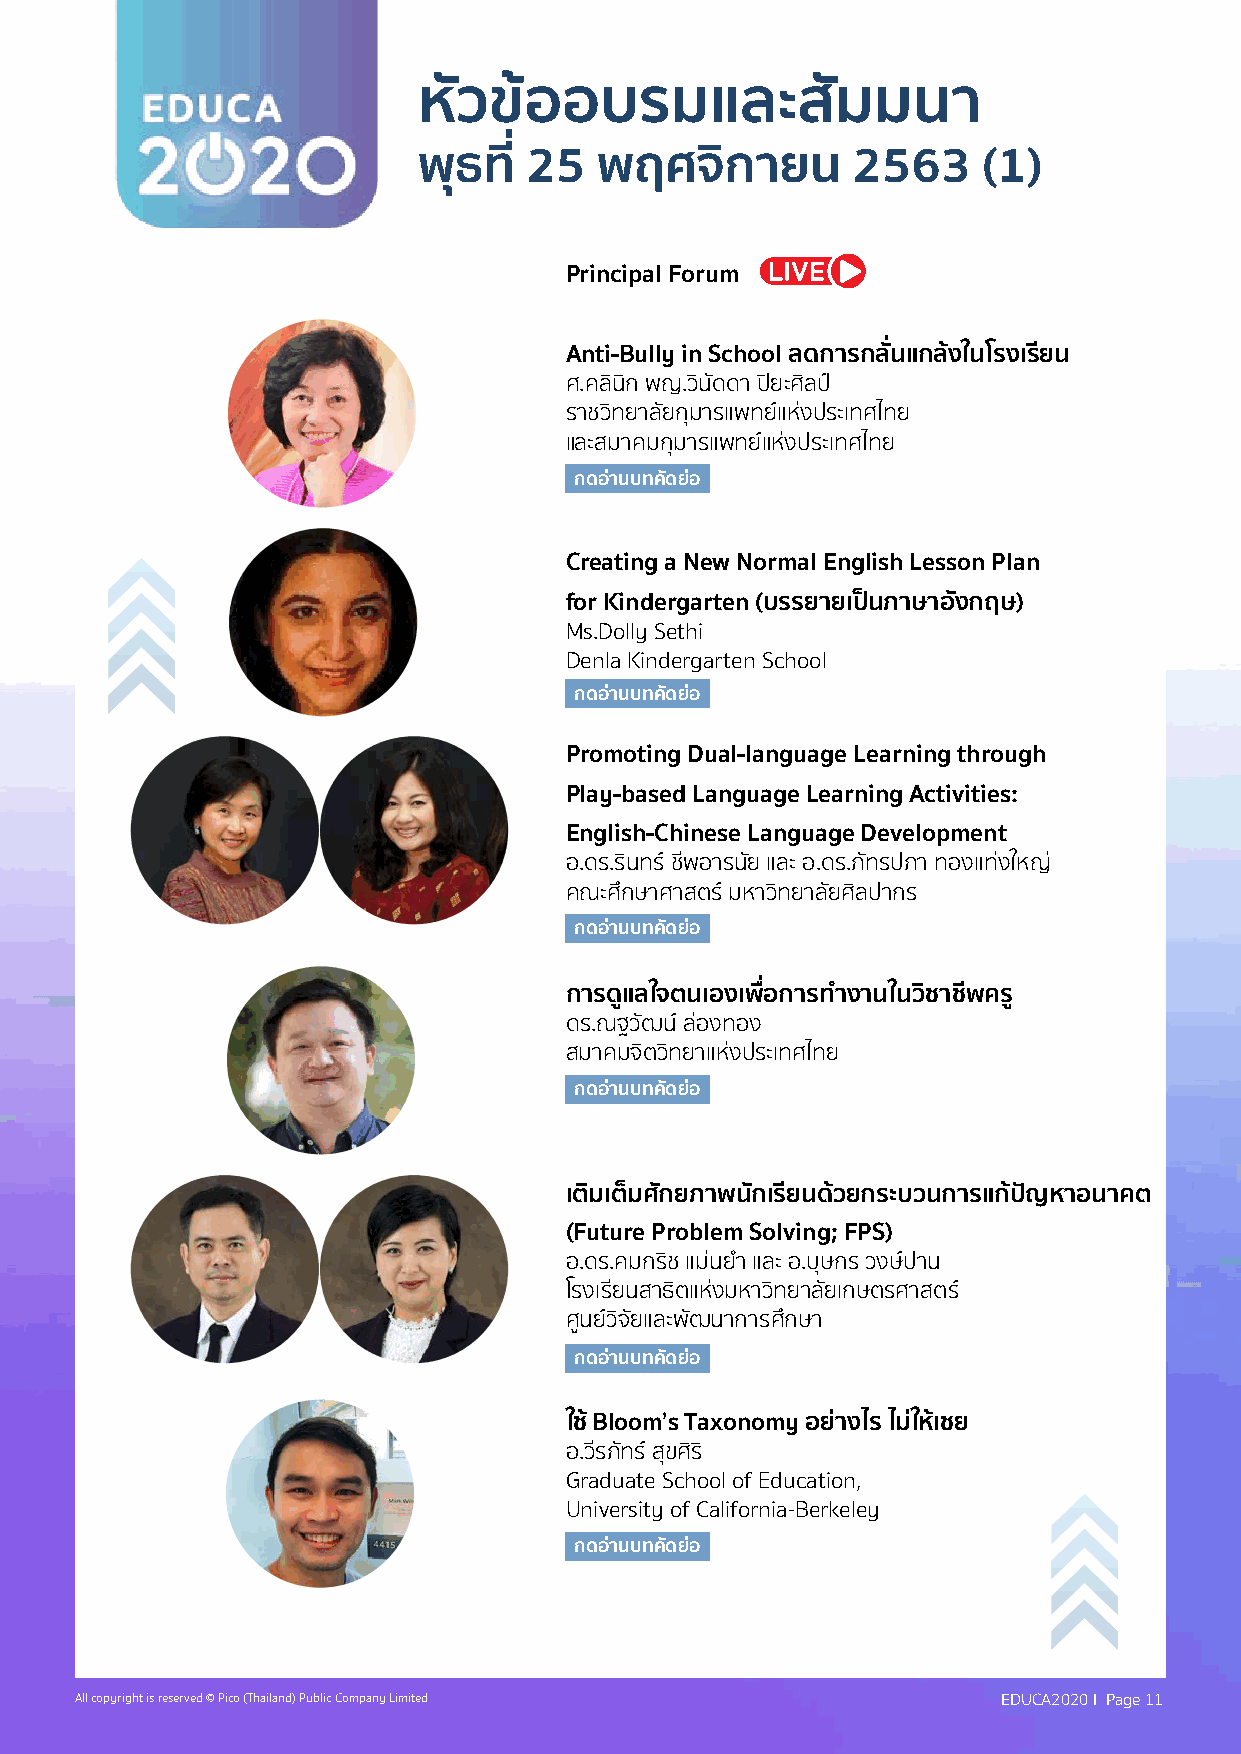
หัวิขอ้  อบัรมแลิะสมั         มนา
 พุธทุี� 25 พฤศจิกายน        2563     (1)
 Principal Forum
 Anti-Bully in School ลิดการกลิั�นแกลิ้งในโรงเรียน
 ศ.คลินกิ พื่ญ.วิินัดดา ปีิยะศิลปี์
 ราชิวิิท่ยาลัยกุมารแพื่ท่ย์แห่งปีระเท่ศไท่ย
 และสมาคมกุมารแพื่ท่ย์แห่งปีระเท่ศไท่ย
 กดอ�านบัทุคัดย�อ
 Creating a New Normal English Lesson Plan
 for Kindergarten (บัรรยายเป็นภาษาองั กฤษ)
 Ms.Dolly Sethi
 Denla Kindergarten School
 กดอ�านบัทุคัดย�อ
 Promoting Dual-language Learning through
 Play-based Language Learning Activities:
 English-Chinese Language Development
 อ.ดร.รินท่ร์ ชิ่พื่อารนัย และ อ.ดร.ภัท่รปีภา ท่องแท่่งใหญ่
 คณ์ะศึกษาศาสตร์ มหาวิิท่ยาลัยศิลปีากร
 กดอ�านบัทุคัดย�อ
 การด่แลิใจตนเองเพ่�อการทุำางานในวิิชาชีพคร่
 ดร.ณ์ฐวิัฒน ์ล่องท่อง
 สมาคมจิตวิิท่ยาแห่งปีระเท่ศไท่ย
 กดอ�านบัทุคัดย�อ
 เติมเต็มศักยภาพนักเรียนด้วิยกระบัวินการแก้ปัญหาอนาคต
 (Future Problem Solving; FPS)
 อ.ดร.คมกริชิ แม่นยำา และ อ.บุษกร วิงษ์ปีาน
 โรงเร่ยนสาธติ แหง่ มหาวิิท่ยาลัยเกษตรศาสตร์
 ศ้นย์วิิจัยและพื่ัฒนาการศึกษา
 กดอ�านบัทุคัดย�อ
 ใช้ Bloom’s Taxonomy อย�างไร ไม�ให้เชย
 อ.วิ่รภัท่ร ์สขุ ศิริ
 Graduate School of Education,
 University of California-Berkeley
 กดอ�านบัทุคัดย�อ
 All copyright is reserved © Pico (Thailand) Public Company Limited EDUCA2020 I Page 11